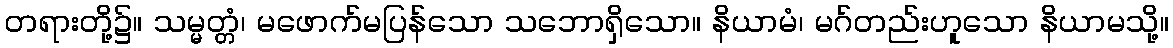
တရားတို့၌။ သမ္မတ္တံ၊ မဖောက်မပြန်သော သဘောရှိသော။ နိယာမံ၊ မဂ်တည်းဟူသော နိယာမသို့။